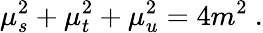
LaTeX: \mu_{s}^{2}+\mu_{t}^{2}+\mu_{u}^{2}=4m^{2}\ .